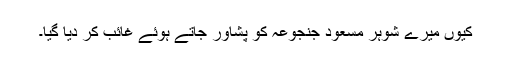
کیوں میرے شوہر مسعود جنجوعہ کو پشاور جاتے ہوئے غائب کر دیا گیا۔